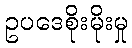
ဥပဒေစိုးမိုးမှု